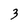
Character: 3